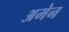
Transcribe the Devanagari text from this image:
अमेन